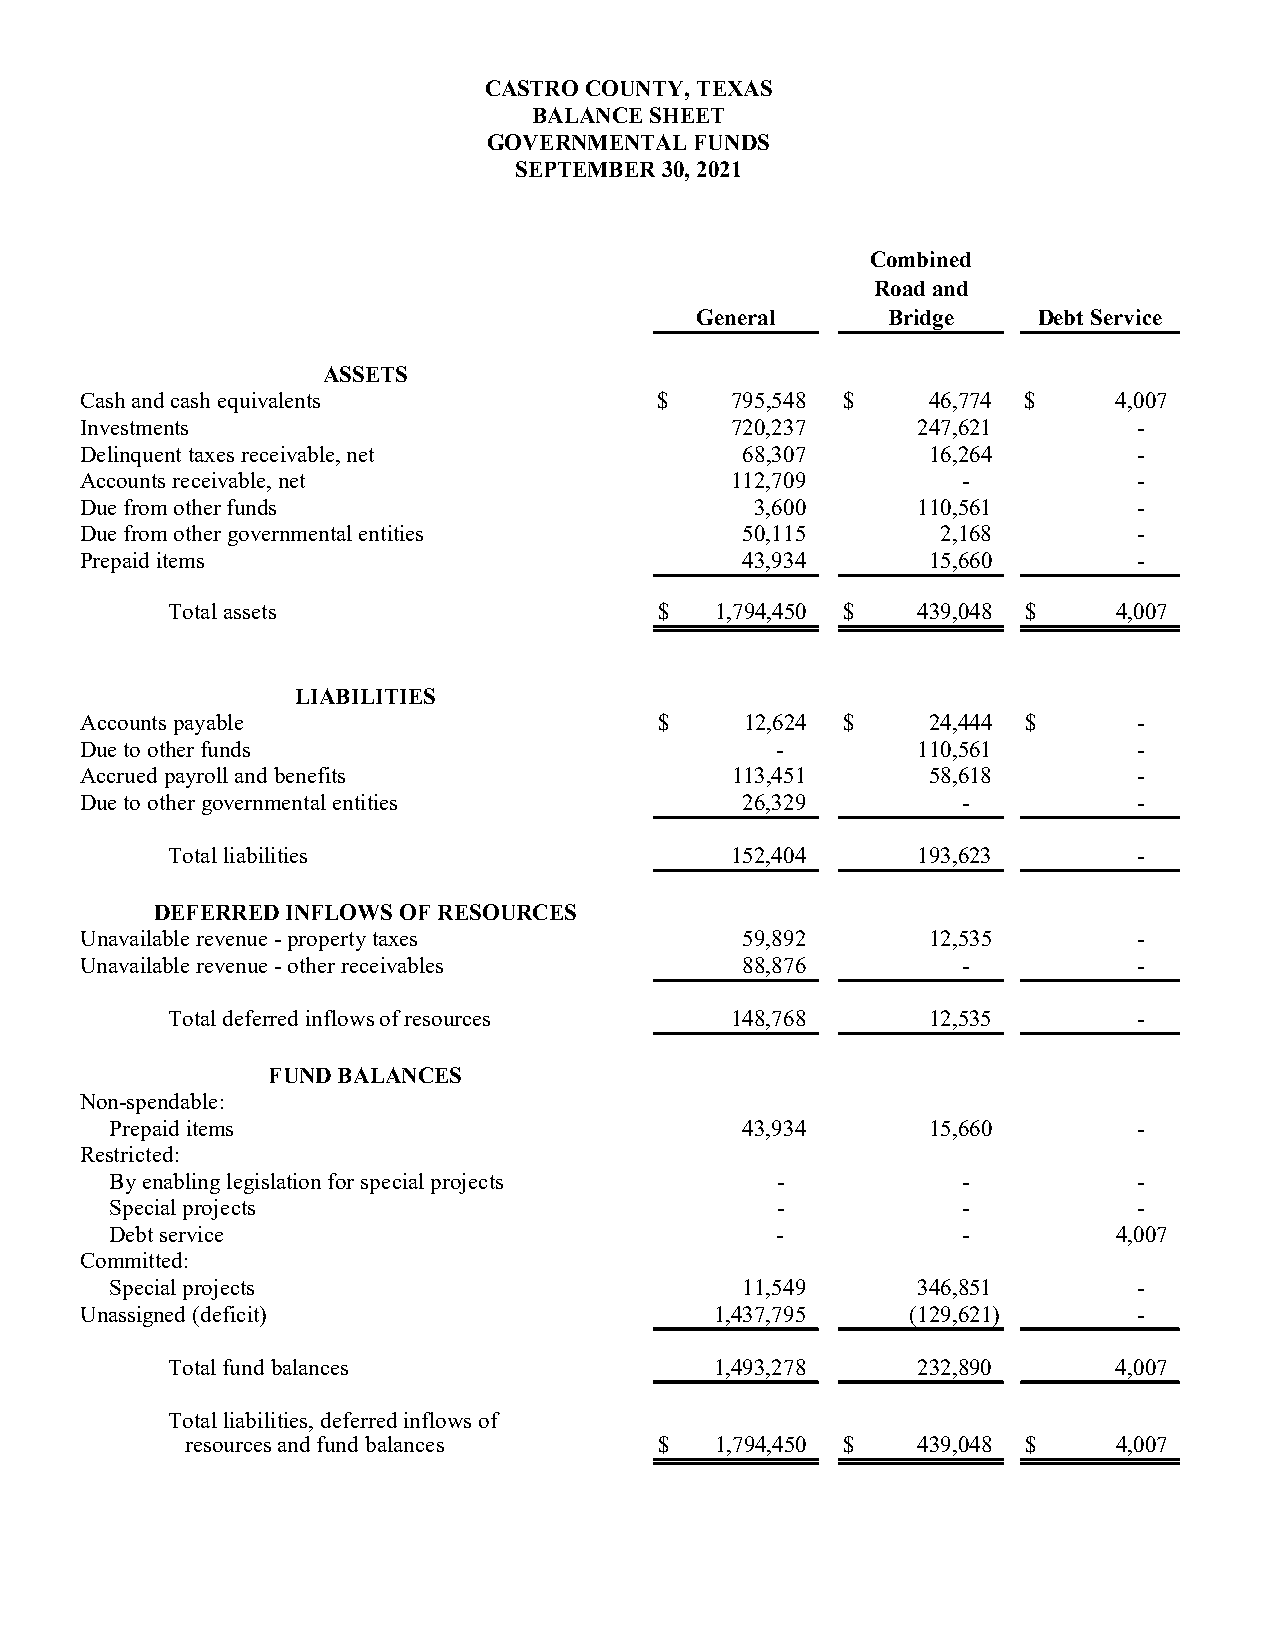
CASTRO COUNTY, TEXAS
 BALANCE SHEET
 GOVERNMENTAL  FUNDS
 SEPTEMBER 30, 2021
 Combined
 Road and
 General      Bridge    Debt Service
 ASSETS
 Cash and cash equivalents              $   795,548 $    46,774 $     4,007
 Investments                                720,237      247,621       -
 Delinquent taxes receivable, net            68,307      16,264        -
 Accounts receivable, net                   112,709         -          -
 Due from other funds                         3,600      110,561       -
 Due from other governmental entities        50,115       2,168        -
 Prepaid items                               43,934      15,660        -
 Total assets                     $  1,794,450 $   439,048 $    4,007
 LIABILITIES
 Accounts payable                       $    12,624 $    24,444 $      -
 Due to other funds                            -         110,561       -
 Accrued payroll and benefits               113,451      58,618        -
 Due to other governmental entities          26,329         -          -
 Total liabilities                    152,404      193,623       -
 DEFERRED INFLOWS OF RESOURCES
 Unavailable revenue - property taxes        59,892      12,535        -
 Unavailable revenue - other receivables     88,876         -          -
 Total deferred inflows of resources  148,768      12,535        -
 FUND BALANCES
 Non-spendable:
 Prepaid items                             43,934      15,660        -
 Restricted:
 By enabling legislation for special projects -           -          -
 Special projects                            -            -          -
 Debt service                                -            -         4,007
 Committed:
 Special projects                          11,549      346,851       -
 Unassigned (deficit)                      1,437,795    (129,621)      -
 Total fund balances                 1,493,278     232,890      4,007
 Total liabilities, deferred inflows of
 resources and fund balances     $  1,794,450 $   439,048 $    4,007